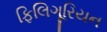
ફિલિગૂરિયન